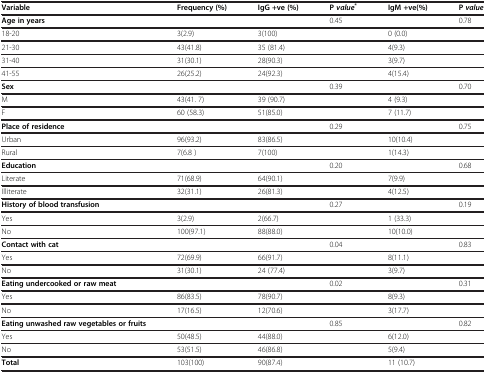
<table><thead><tr><td><b>Variable</b></td><td><b>Frequency (%)</b></td><td><b>IgG +ve (%)</b></td><td><b>P <i>value</i><sup>*</sup></b></td><td><b>IgM +ve(%)</b></td><td><b>P <i>value</i></b></td></tr></thead><tbody><tr><td><b>Age in years</b></td><td> </td><td> </td><td>0.45</td><td> </td><td>0.78</td></tr><tr><td>18-20</td><td>3(2.9)</td><td>3(100)</td><td> </td><td>0 (0.0)</td><td> </td></tr><tr><td>21-30</td><td>43(41.8)</td><td>35 (81.4)</td><td> </td><td>4(9.3)</td><td> </td></tr><tr><td>31-40</td><td>31(30.1)</td><td>28(90.3)</td><td> </td><td>3(9.7)</td><td> </td></tr><tr><td>41-55</td><td>26(25.2)</td><td>24(92.3)</td><td> </td><td>4(15.4)</td><td> </td></tr><tr><td><b>Sex</b></td><td> </td><td> </td><td>0.39</td><td> </td><td>0.70</td></tr><tr><td>M</td><td>43(41. 7)</td><td>39 (90.7)</td><td> </td><td>4 (9.3)</td><td> </td></tr><tr><td>F</td><td>60 (58.3)</td><td>51(85.0)</td><td> </td><td>7 (11.7)</td><td> </td></tr><tr><td><b>Place of residence</b></td><td> </td><td> </td><td>0.29</td><td> </td><td>0.75</td></tr><tr><td>Urban</td><td>96(93.2)</td><td>83(86.5)</td><td> </td><td>10(10.4)</td><td> </td></tr><tr><td>Rural</td><td>7(6.8 )</td><td>7(100)</td><td> </td><td>1(14.3)</td><td> </td></tr><tr><td><b>Education</b></td><td> </td><td> </td><td>0.20</td><td> </td><td>0.68</td></tr><tr><td>Literate</td><td>71(68.9)</td><td>64(90.1)</td><td> </td><td>7(9.9)</td><td> </td></tr><tr><td>Illiterate</td><td>32(31.1)</td><td>26(81.3)</td><td> </td><td>4(12.5)</td><td> </td></tr><tr><td colspan="2"><b>History of blood transfusion</b></td><td> </td><td>0.27</td><td> </td><td>0.19</td></tr><tr><td>Yes</td><td>3(2.9)</td><td>2(66.7)</td><td> </td><td>1 (33.3)</td><td> </td></tr><tr><td>No</td><td>100(97.1)</td><td>88(88.0)</td><td> </td><td>10(10.0)</td><td> </td></tr><tr><td><b>Contact with cat</b></td><td> </td><td> </td><td>0.04</td><td> </td><td>0.83</td></tr><tr><td>Yes</td><td>72(69.9)</td><td>66(91.7)</td><td> </td><td>8(11.1)</td><td> </td></tr><tr><td>No</td><td>31(30.1)</td><td>24 (77.4)</td><td> </td><td>3(9.7)</td><td> </td></tr><tr><td><b>Eating undercooked or raw meat</b></td><td> </td><td> </td><td>0.02</td><td> </td><td>0.31</td></tr><tr><td>Yes</td><td>86(83.5)</td><td>78(90.7)</td><td> </td><td>8(9.3)</td><td> </td></tr><tr><td>No</td><td>17(16.5)</td><td>12(70.6)</td><td> </td><td>3(17.7)</td><td> </td></tr><tr><td><b>Eating unwashed raw vegetables or fruits</b></td><td> </td><td> </td><td>0.85</td><td> </td><td>0.82</td></tr><tr><td>Yes</td><td>50(48.5)</td><td>44(88.0)</td><td> </td><td>6(12.0)</td><td> </td></tr><tr><td>No</td><td>53(51.5)</td><td>46(86.8)</td><td> </td><td>5(9.4)</td><td> </td></tr><tr><td><b>Total</b></td><td>103(100)</td><td>90(87.4)</td><td> </td><td>11 (10.7)</td><td> </td></tr></tbody></table>